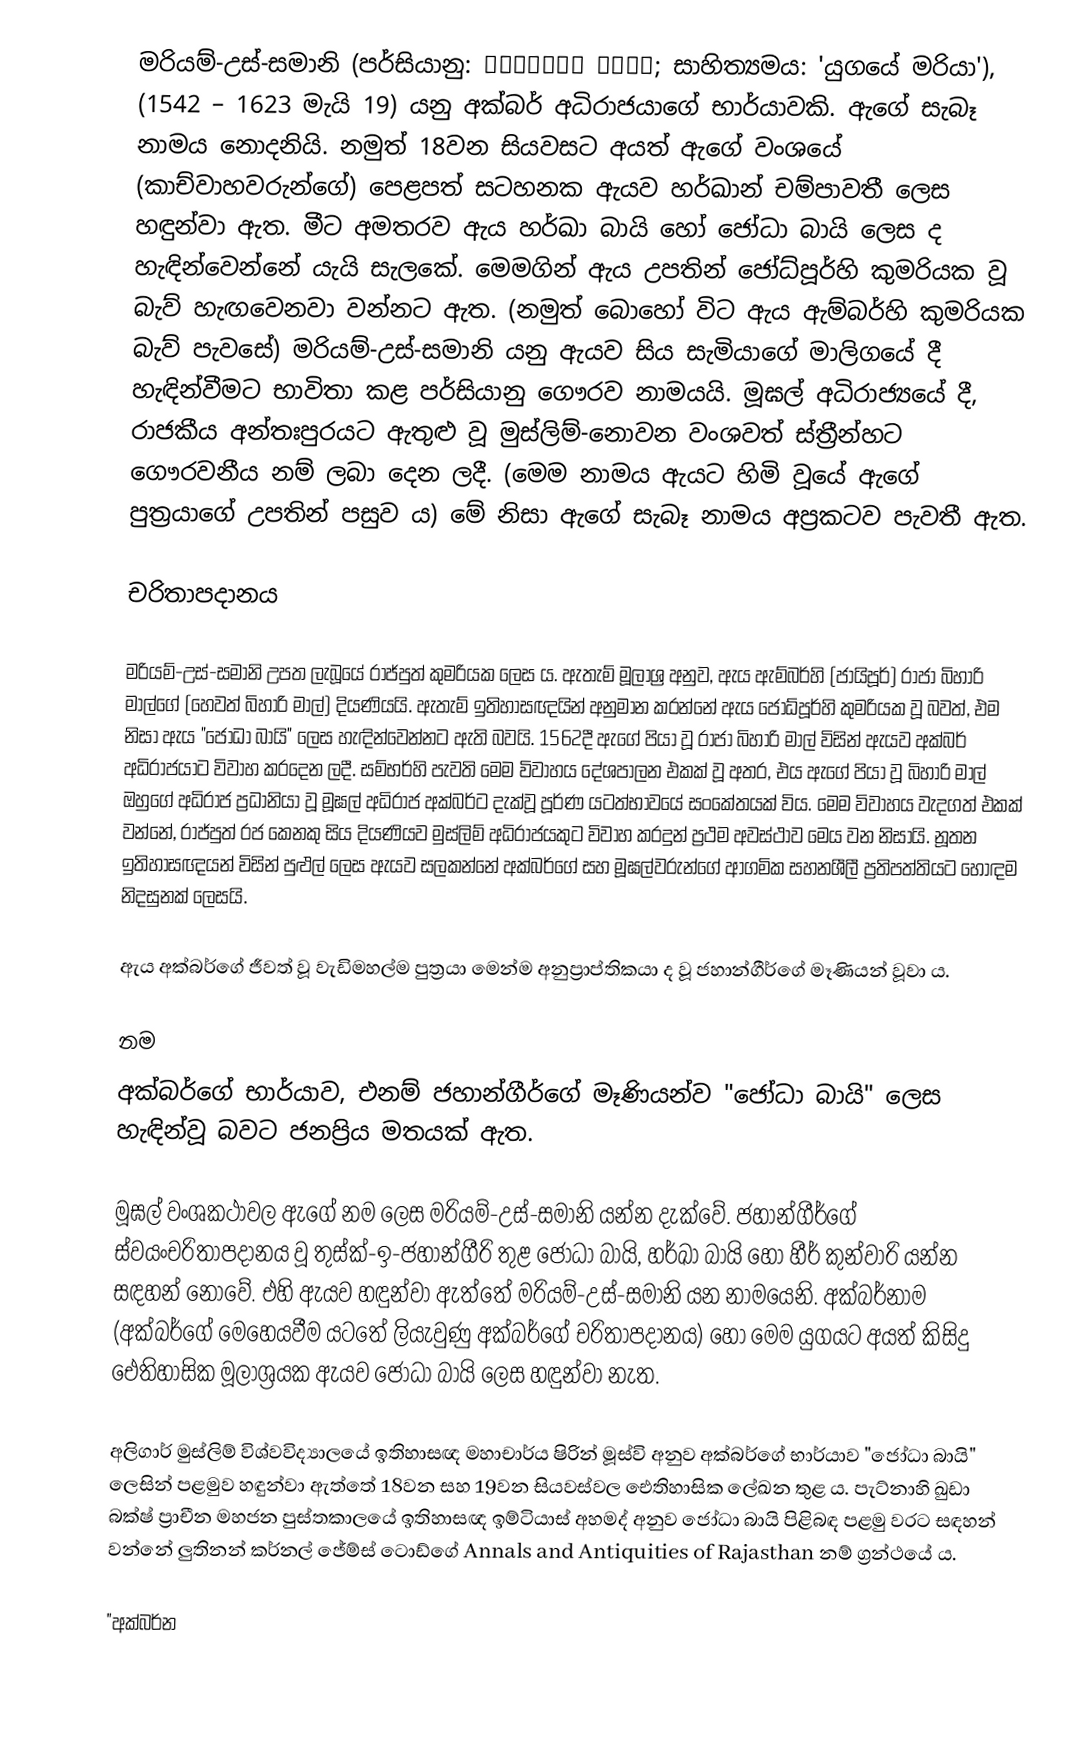
මරියම්-උස්-සමානි (පර්සියානු: مریم الزمانی; සාහිත්‍යමය: 'යුගයේ මරියා'), (1542 – 1623 මැයි 19) යනු අක්බර් අධිරාජයාගේ භාර්යාවකි. ඇගේ සැබෑ නාමය නොදනියි. නමුත් 18වන සියවසට අයත් ඇගේ වංශයේ (කාච්වාහවරුන්ගේ) පෙළපත් සටහනක ඇයව හර්ඛාන් චම්පාවතී ලෙස හඳුන්වා ඇත. මීට අමතරව ඇය හර්ඛා බායි හෝ ජෝධා බායි ලෙස ද හැඳින්වෙන්නේ යැයි සැලකේ. මෙමගින් ඇය උපතින් ජෝධ්පූර්හි කුමරියක වූ බැව් හැඟවෙනවා වන්නට ඇත. (නමුත් බොහෝ විට ඇය ඇම්බර්හි කුමරියක බැව් පැවසේ) මරියම්-උස්-සමානි යනු ඇයව සිය සැමියාගේ මාලිගයේ දී හැඳින්වීමට භාවිතා කළ පර්සියානු ගෞරව නාමයයි. මූඝල් අධිරාජ්‍යයේ දී, රාජකීය අන්තඃපුරයට ඇතුළු වූ මුස්ලිම්-නොවන වංශවත් ස්ත්‍රීන්හට ගෞරවනීය නම් ලබා දෙන ලදී. (මෙම නාමය ඇයට හිමි වූයේ ඇගේ පුත්‍රයාගේ උපතින් පසුව ය) මේ නිසා ඇගේ සැබෑ නාමය අප්‍රකටව පැවතී ඇත.

චරිතාපදානය

මරියම්-උස්-සමානි උපත ලැබූයේ රාජ්පුත් කුමරියක ලෙස ය. ඇතැම් මූලාශ්‍ර අනුව, ඇය ඇම්බර්හි (ජායිපූර්) රාජා බිහාරි මාල්ගේ (හෙවත් බිහාරි මාල්) දියණියයි. ඇතැම් ඉතිහාසඥයින් අනුමාන කරන්නේ ඇය ජෝධ්පූර්හි කුමරියක වූ බවත්, එම නිසා ඇය "ජෝධා බායි" ලෙස හැඳින්වෙන්නට ඇති බවයි. 1562දී ඇගේ පියා වූ රාජා බිහාරි මාල් විසින් ඇයව අක්බර් අධිරාජයාට විවාහ කරදෙන ලදී. සම්භර්හි පැවති මෙම විවාහය දේශපාලන එකක් වූ අතර, එය ඇගේ පියා වූ බිහාරි මාල් ඔහුගේ අධිරාජ ප්‍රධානියා වූ මූඝල් අධිරාජ අක්බර්ට දැක්වූ පූර්ණ යටත්භාවයේ සංකේතයක් විය. මෙම විවාහය වැදගත් එකක් වන්නේ, රාජ්පුත් රජ කෙනකු සිය දියණියව මුස්ලිම් අධිරාජයකුට විවාහ කරදුන් ප්‍රථම අවස්ථාව මෙය වන නිසායි. නූතන ඉතිහාසඥයන් විසින් පුළුල් ලෙස ඇයව සලකන්නේ අක්බර්ගේ සහ මූඝල්වරුන්ගේ ආගමික සහනශීලී ප්‍රතිපත්තියට හොඳම නිදසුනක් ලෙසයි.

ඇය අක්බර්ගේ ජීවත් වූ වැඩිමහල්ම පුත්‍රයා මෙන්ම අනුප්‍රාප්තිකයා ද වූ ජහාන්ගීර්ගේ මෑණියන් වූවා ය.

නම
අක්බර්ගේ භාර්යාව, එනම් ජහාන්ගීර්ගේ මෑණියන්ව "ජෝධා බායි" ලෙස හැඳින්වූ බවට ජනප්‍රිය මතයක් ඇත.

මූඝල් වංශකථාවල ඇගේ නම ලෙස මරියම්-උස්-සමානි යන්න දැක්වේ. ජහාන්ගීර්ගේ ස්වයංචරිතාපදානය වූ තුස්ක්-ඉ-ජහාන්ගීරි තුළ ජෝධා බායි, හර්ඛා බායි හෝ හීර් කුන්වාරි යන්න සඳහන් නොවේ. එහි ඇයව හඳුන්වා ඇත්තේ මරියම්-උස්-සමානි යන නාමයෙනි. අක්බර්නාම (අක්බර්ගේ මෙහෙයවීම යටතේ ලියැවුණු අක්බර්ගේ චරිතාපදානය) හෝ මෙම යුගයට අයත් කිසිදු ඓතිහාසික මූලාශ්‍රයක ඇයව ජෝධා බායි ලෙස හඳුන්වා නැත.

අලිගාර් මුස්ලිම් විශ්වවිද්‍යාලයේ ඉතිහාසඥ මහාචාර්ය ෂිරින් මූස්වි අනුව අක්බර්ගේ භාර්යාව "ජෝධා බායි" ලෙසින් පළමුව හඳුන්වා ඇත්තේ 18වන සහ 19වන සියවස්වල ඓතිහාසික ලේඛන තුළ ය. පැට්නාහි ඛුඩා බක්ෂ් ප්‍රාචීන මහජන පුස්තකාලයේ ඉතිහාසඥ ඉම්ටියාස් අහමද් අනුව ජෝධා බායි පිළිබඳ පළමු වරට සඳහන් වන්නේ ලුතිනන් කර්නල් ජේම්ස් ටොඩ්ගේ Annals and Antiquities of Rajasthan නම් ග්‍රන්ථයේ ය.

"අක්බර්න